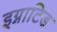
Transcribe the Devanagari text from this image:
इग्नाटिड